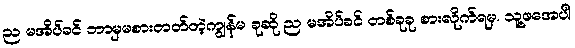
ည မအိပ်ခင် ဘာမှမစားတတ်တဲ့ကျွန်မ ခုဆို ည မအိပ်ခင် တစ်ခုခု စားလိုက်ရမှ. သူ့ဖအေပါ